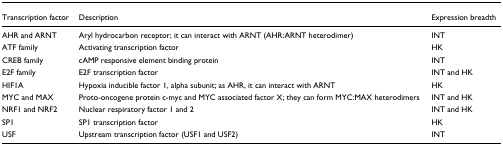
<table><thead><tr><td><b>Transcription factor</b></td><td><b>Description</b></td><td><b>Expression breadth</b></td></tr></thead><tbody><tr><td>AHR and ARNT</td><td>Aryl hydrocarbon receptor; it can interact with ARNT (AHR:ARNT heterodimer)</td><td>INT</td></tr><tr><td>ATF family</td><td>Activating transcription factor</td><td>HK</td></tr><tr><td>CREB family</td><td>cAMP responsive element binding protein</td><td>INT</td></tr><tr><td>E2F family</td><td>E2F transcription factor</td><td>INT and HK</td></tr><tr><td>HIF1A</td><td>Hypoxia inducible factor 1, alpha subunit; as AHR, it can interact with ARNT</td><td>HK</td></tr><tr><td>MYC and MAX</td><td>Proto-oncogene protein c-myc and MYC associated factor X; they can form MYC:MAX heterodimers</td><td>INT and HK</td></tr><tr><td>NRF1 and NRF2</td><td>Nuclear respiratory factor 1 and 2</td><td>INT and HK</td></tr><tr><td>SP1</td><td>SP1 transcription factor</td><td>HK</td></tr><tr><td>USF</td><td>Upstream transcription factor (USF1 and USF2)</td><td>INT</td></tr></tbody></table>